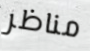
مناظر